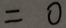
= 0